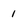
Character: 1